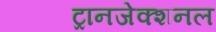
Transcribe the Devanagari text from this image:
ट्रानजेक्शनल